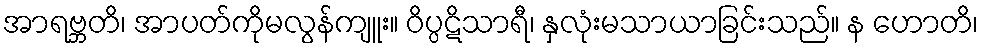
အာရဗ္ဘတိ၊ အာပတ်ကိုမလွန်ကျူး။ ဝိပ္ပဋိသာရီ၊ နှလုံးမသာယာခြင်းသည်။ န ဟောတိ၊